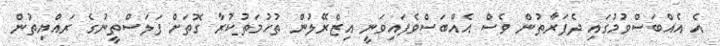
އެ އެއްބަސްވުމުގައި ދެފަރާތުން ވެސް އެއްބަސްވެފައިވަނީ އިޒްރޭލުން ތުހުމަތުކުރާ ގޮތަށް ފަލަސްތީނުގެ ރައްޔިތުން